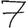
Digit: 7